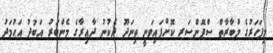
މިފަހަރުގެ މުބާރާތް ސްޕޮންސަރ ކޮށްފައިވަނީ ތިނަދޫ ދެކުނު ދާއިރާގެ މެންބަރު އަބުދު އަޙުމަދު